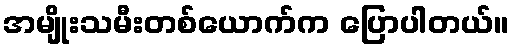
အမျိုးသမီးတစ်ယောက်က ပြောပါတယ်။